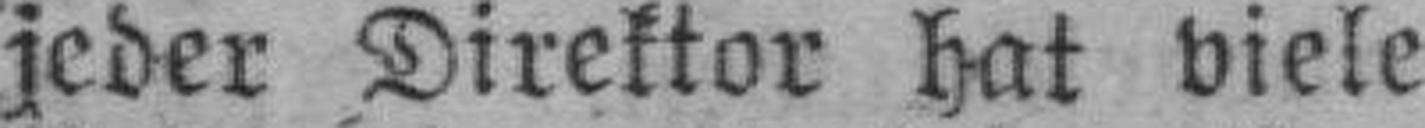
jeder Direktor hat viele